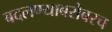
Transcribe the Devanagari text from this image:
बदलण्याबरोबरच